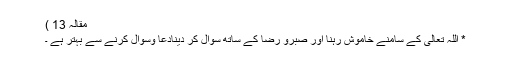
مقالہ 13 )
* اللہ تعالیٰ کے سامنے خاموش رہنا اور صبرو رضا کے ساتھ سوال کر دینادعا وسوال کرنے سے بہتر ہے ۔